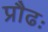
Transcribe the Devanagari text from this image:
प्रौढः